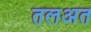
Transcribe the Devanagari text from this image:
तलअत